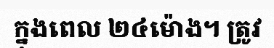
ក្នុងពេល ២៤ម៉ោង។ ត្រូវ